Newspaper: Public ledger. [volume]
Place of publication: Memphis, Tenn.
Publisher: [Whitmore Bros.]
Date: 1870-07-25 00:00:00
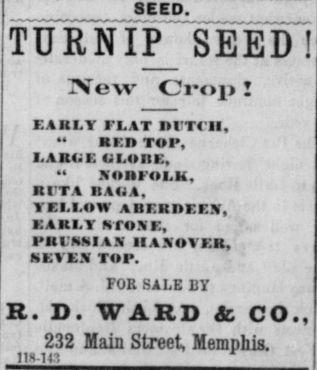
Advertisement text (OCR):
SEED. TURNIP SEED! New Crop EARLY FLAT IU Tt II, " KID TO I', LARUE OI.OIIF., " XOBIOLK, RI TA RAUa, YELLOW ABr.RDEF.5f, EARLY KfOXE, FRINNIAN IIAXOVER, SEVE.V TOP. FOB SALE 7 R. D. WARD Si CO., 232 Main Street, Memphis. mm
Label: text-only